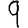
Digit: 9